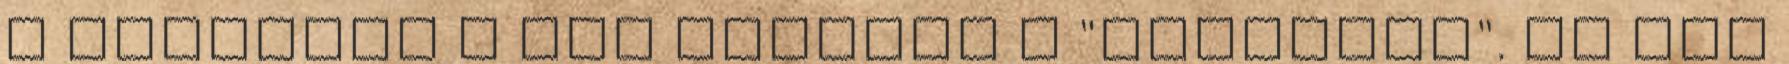
a pofádról a bőr balfasz a "csapatod". Jó éjt